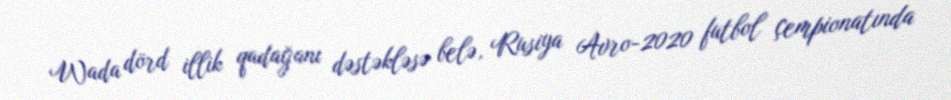
Wada dörd illik qadağanı dəstəkləsə belə, Rusiya Avro-2020 futbol çempionatında